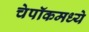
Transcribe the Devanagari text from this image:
चेपॉकमध्ये